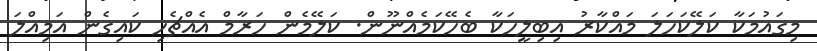
މިގައުމަކާ ކަލޭކަހަލަ މައްކާރު އިބިލީހަކާ ބެހޭކަމެއްނޫން. ކަލޭމެން ހަރާމް އެއްޗެހި ކައިގެން އަމިއްލަ